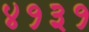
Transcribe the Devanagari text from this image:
४१३१